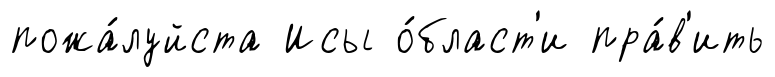
пожа́луйста Исы о́бласт'и пра́в'ить